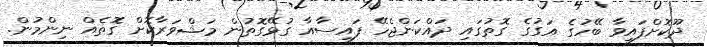
ދޫކޮށްފައިވާ ބޭހުގެ އަގުގެ ގޮތުގައި ދައްކަންޖެހޭ ފައިސާއާ ގުޅޭގޮތުން މަޝްވަރާކޮށް ގޮތެއް ނިންމުން.